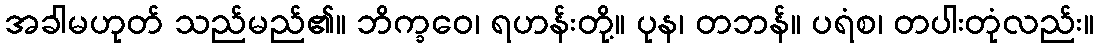
အခါမဟုတ် သည်မည်၏။ ဘိက္ခဝေ၊ ရဟန်းတို့။ ပုန၊ တဘန်။ ပရံစ၊ တပါးတုံလည်း။